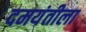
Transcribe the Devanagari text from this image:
दमयंतीला